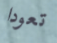
تعودا